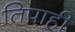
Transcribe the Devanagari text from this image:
तिपाही